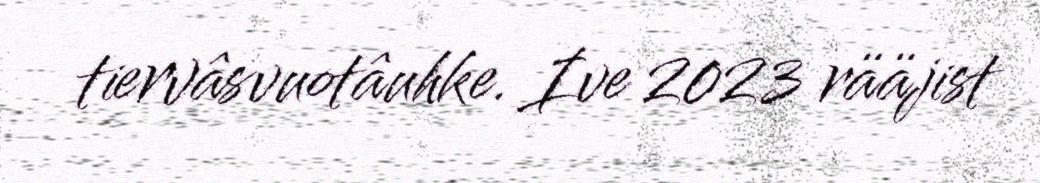
tiervâsvuotâuhke. Ive 2023 rääjist